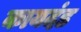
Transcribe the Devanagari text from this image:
कायदंड